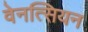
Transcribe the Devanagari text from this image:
वेनत्सियन